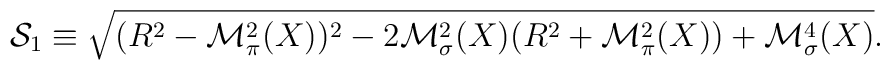
{\cal S}_1 \equiv \sqrt{(R^2 - {\cal M}_\pi^2 (X))^2 - 2 {\cal M}_\sigma^2 (X) (R^2 + {\cal M}_\pi^2 (X)) + {\cal M}_\sigma^4 (X)} .